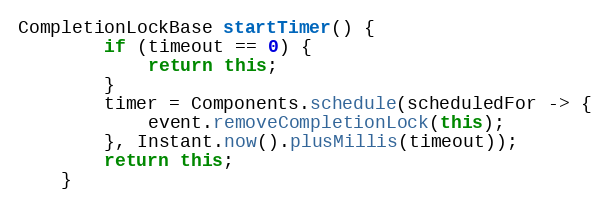
Language: Java
CompletionLockBase startTimer() {
        if (timeout == 0) {
            return this;
        }
        timer = Components.schedule(scheduledFor -> {
            event.removeCompletionLock(this);
        }, Instant.now().plusMillis(timeout));
        return this;
    }